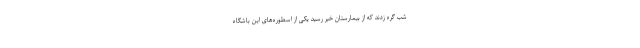
شب گره زدند که از بیمارستان خبر رسید یکی از اسطوره‌های این باشگاه